system: You are a helpful assistant.
user:
Analyze the provided spectrum to determine if it is a **M-type Giant (gM)**.

A M-type Giant spectrum is defined by its **strong molecular absorption** features, particularly from **Titanium Oxide (TiO)**. You must check for one of the following mutually exclusive signatures:

- **Key Visual Indicators (Absorption-Dominated Spectrum):**

    - **(Primary):** The spectrum is dominated by strong molecular absorption from **Titanium Oxide (TiO)**. This is the **defining feature** of its M-type temperature class.
        - **(Key Bandheads):** Look for sharp, "saw-tooth" absorption valleys. The strongest are located near **~7050 Å**, **~6160 Å**, and **~5170 Å**.
        - **(Line Profile):** The "saw-tooth" morphology is critical: a **sharp, steep drop on the BLUE (short-wavelength) side** of the bandhead, followed by a gradual recovery (rising flux) towards the RED (long-wavelength) side.

    - **(Key Confirmation - Giant vs. Dwarf):** **ABSENCE** of strong **Calcium Hydride (CaH)** molecular bands. This is the primary diagnostic for *excluding* M-dwarfs.
        - **(Key Region):** The spectrum should lack the strong, broad absorption band seen in dwarfs between **~6800 Å and ~7000 Å**.

    - **(Secondary Confirmation - Giant):** A very strong and broad **Neutral Calcium (Ca I)** atomic absorption line.
        - **(Key Line):** Located at **~4226 Å**. In a giant (gM), this line is significantly deeper and broader than the same line in an M-dwarf (dM) due to low surface gravity.

    - **(Overall Spectrum):**
        - The continuum is **extremely red-sloping** (i.e., flux is very low in the blue and rises dramatically towards the red).
        - The entire spectrum appears "chopped up" by the deep TiO bands.

Think first, call **spectral_visualization_tool** if needed to examine features in detail, then provide your final answer. Your response must adhere to the following strict rules:
1.  **Overall Structure:** Your response must follow the format `<think>...</think> <tool_call>...</tool_call> (if a tool is used) <answer>...</answer>`.
2.  **Tool Usage Constraint:** You may only make **one** tool call per turn.
3.  **Final Answer Format:** In the `<answer>` tag, your conclusion must be inside a `\boxed{}` command (e.g., `\boxed{YES}` or `\boxed{NO}`), followed by your justification.

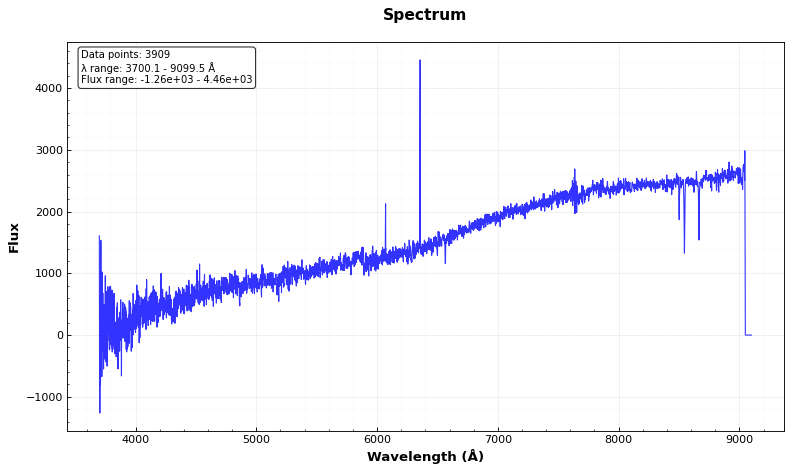
Answer: NO